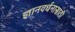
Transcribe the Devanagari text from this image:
ज्ञानवर्धनासाठी